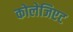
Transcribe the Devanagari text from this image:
कोलेजिएट